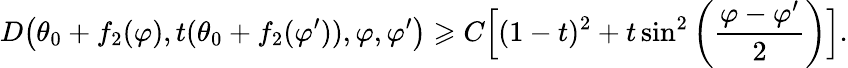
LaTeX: D\big(\theta_{0}+f_{2}(\varphi),t(\theta_{0}+f_{2}(\varphi^{\prime})),\varphi,\varphi^{\prime}\big)\geqslant C\Big[(1-t)^{2}+t\sin^{2}\left(\frac{\varphi-\varphi^{\prime}}{2}\right)\Big].